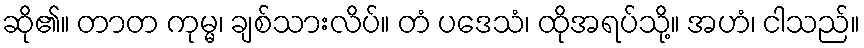
ဆို၏။ တာတ ကုမ္မ၊ ချစ်သားလိပ်။ တံ ပဒေသံ၊ ထိုအရပ်သို့။ အဟံ၊ ငါသည်။